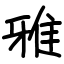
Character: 雅